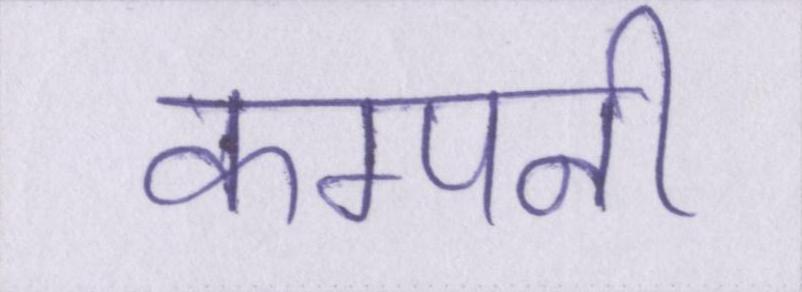
कम्पनी